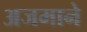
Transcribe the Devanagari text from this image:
अजमाने